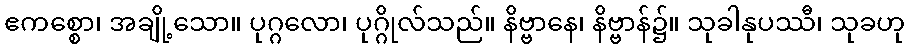
ဧကစ္စော၊ အချို့သော။ ပုဂ္ဂလော၊ ပုဂ္ဂိုလ်သည်။ နိဗ္ဗာနေ၊ နိဗ္ဗာန်၌။ သုခါနုပဿီ၊ သုခဟု